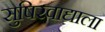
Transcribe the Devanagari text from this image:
सुषिरवाद्याला